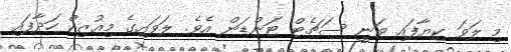
މި ލަވަ ކިޔާފައި ވަނީ ސަޗެޓް ޓަންޑަން އެވެ. ލަވައިގެ މިއުޒިކް ހަދާފައި